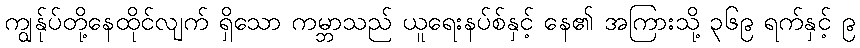
ကျွန်ုပ်တို့နေထိုင်လျက် ရှိသော ကမ္ဘာသည် ယူရေးနပ်စ်နှင့် နေ၏ အကြားသို့ ၃၆၉ ရက်နှင့် ၉